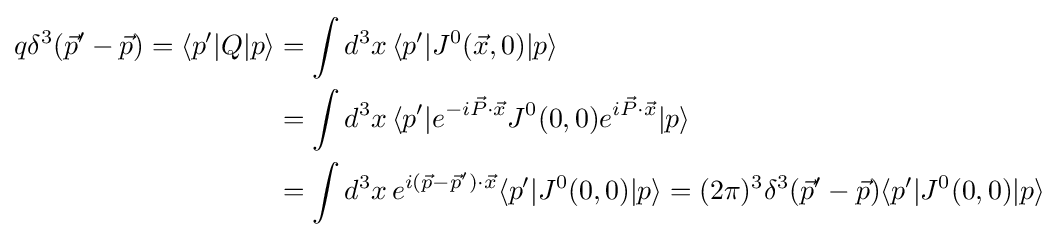
{\begin{aligned}q\delta ^{3}({\vec {p}}'-{\vec {p}})=\langle p'|Q|p\rangle &=\int d^{3}x\,\langle p'|J^{0}({\vec {x}},0)|p\rangle \\&=\int d^{3}x\,\langle p'|e^{-i{\vec {P}}\cdot {\vec {x}}}J^{0}(0,0)e^{i{\vec {P}}\cdot {\vec {x}}}|p\rangle \\&=\int d^{3}x\,e^{i({\vec {p}}-{\vec {p}}')\cdot {\vec {x}}}\langle p'|J^{0}(0,0)|p\rangle =(2\pi )^{3}\delta ^{3}({\vec {p}}'-{\vec {p}})\langle p'|J^{0}(0,0)|p\rangle \end{aligned}}